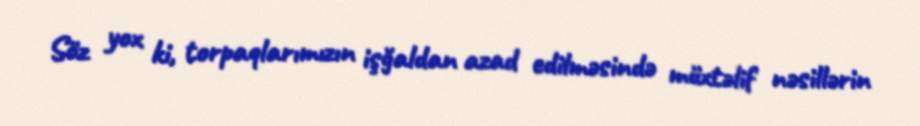
Söz yox ki, torpaqlarımızın işğaldan azad edilməsində müxtəlif nəsillərin